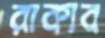
রাকাব